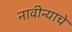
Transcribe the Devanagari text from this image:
नावीन्याचे